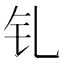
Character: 钆